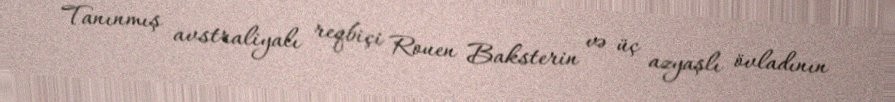
Tanınmış avstraliyalı reqbiçi Rouen Baksterin və üç azyaşlı övladının